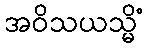
အဝိသယသ္မိံ